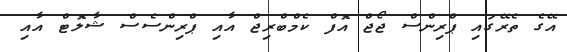
އޭގެ ތެރޭގައި ޕްރިންސް ޖޯޖް އޮފް ކެމްބްރިޖް އާއި ޕްރިންސެސް ޝާލޮޓް އާއި